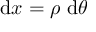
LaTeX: \mathrm { d } x = \rho ~ \mathrm { d } \theta